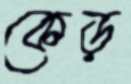
কেড়